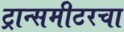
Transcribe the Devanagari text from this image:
ट्रान्समीटरचा